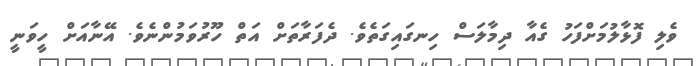
ވެލި ފޮޅާލުމަށްފަހު ގެއާ ދިމާލަސް ހިނގައިގަތެވެ. ދެފަރާތަށް އަތް ހޫރުވަމުންނެވެ. އޭނާއަށް ހީވަނީ